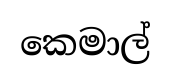
කෙමාල්